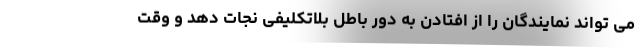
می تواند نمایندگان را از افتادن به دور باطل بلاتکلیفی نجات دهد و وقت